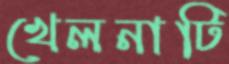
খেলনাটি